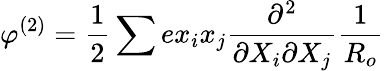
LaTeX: \varphi^{(2)}=\frac{1}{2}\sum ex_{i}x_{j}\frac{\partial^{2}}{\partial X_{i}\partial X_{j}}\frac{1}{R_{o}}